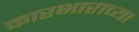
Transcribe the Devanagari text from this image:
कारभाराच्या